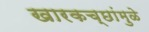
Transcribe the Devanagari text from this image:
खारकच्छांमुळे